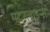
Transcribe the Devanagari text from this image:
मदरलाइन्स